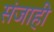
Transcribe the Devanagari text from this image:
संजाही